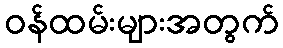
ဝန်ထမ်းများအတွက်